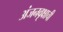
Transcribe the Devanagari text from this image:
अंजनवृक्षाची